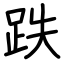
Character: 跌